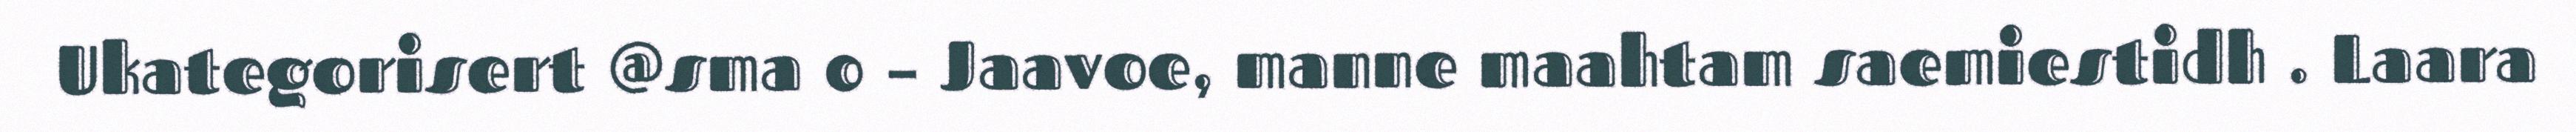
Ukategorisert @sma 0 – Jaavoe, manne maahtam saemiestidh . Laara